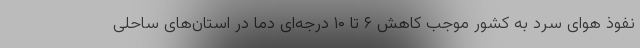
نفوذ هوای سرد به کشور موجب کاهش ۶ تا ۱۰ درجه‌ای دما در استان‌های ساحلی